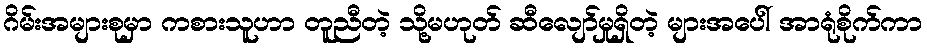
ဂိမ်းအများစုမှာ ကစားသူဟာ တူညီတဲ့ သို့မဟုတ် ဆီလျော်မှုရှိတဲ့ များအပေါ် အာရုံစိုက်ကာ